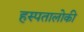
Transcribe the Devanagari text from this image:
हस्पतालोकी